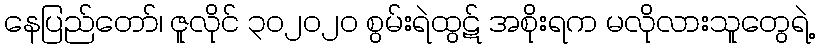
နေပြည်တော်၊ ဇူလိုင် ၃၀၂၀၂၀ စွမ်းရဲထွဋ် အစိုးရက မလိုလားသူတွေရဲ့